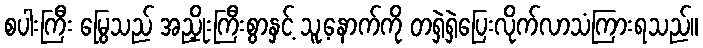
စပါးကြီး မြွေသည် အညှိုးကြီးစွာနှင့် သူ့နောက်ကို တရှဲရှဲပြေးလိုက်လာသံကြားရသည်။